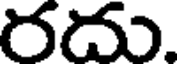
రదు.